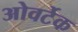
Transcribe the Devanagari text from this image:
ओवर्टेक